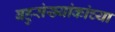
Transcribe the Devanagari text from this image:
बहुसंख्यांकांच्या